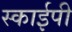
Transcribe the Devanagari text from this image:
स्काईपी